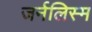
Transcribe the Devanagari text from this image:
जर्नलिस्म